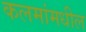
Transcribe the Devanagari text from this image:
कलमांमधील